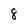
Character: 8